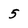
Character: 5